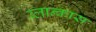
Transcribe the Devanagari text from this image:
ब्लान्कास